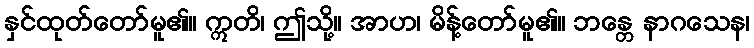
နှင်ထုတ်တော်မူ၏။ ဣတိ၊ ဤသို့။ အာဟ၊ မိန့်တော်မူ၏။ ဘန္တေ နာဂသေန၊